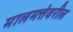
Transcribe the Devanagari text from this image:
मालमत्तेवरील